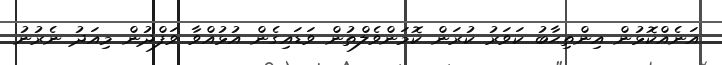
އަނެއްކޮޅުން އިންތިޙާބު ކަވަރު ކުރަން ކޮމަންވެލްތުން ވަޑައިގެން އުޅުއްވާ ވަފްދުން މިއަދު ނެރުނު